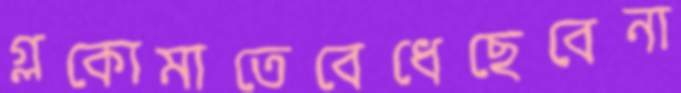
গ্লকোমাতেবেধেছেবেনা